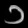
Digit: ၁